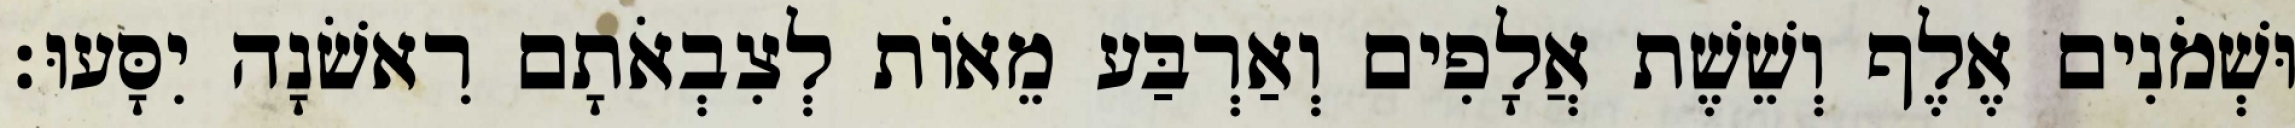
וּשְׁמֹנִים אֶלֶף וְשֵׁשֶׁת אֲלָפִים וְאַרְבַּע מֵאוֹת לְצִבְאֹתָם רִאשֹׁנָה יִסָּעוּ׃